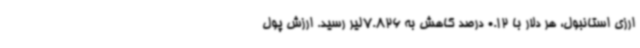
ارزی استانبول، هر دلار با 0.12 درصد کاهش به 7.826لیر رسید. ارزش پول